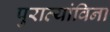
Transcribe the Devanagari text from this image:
पुराव्यांविना